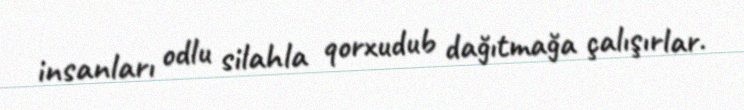
insanları odlu silahla qorxudub dağıtmağa çalışırlar.